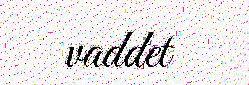
vaddet